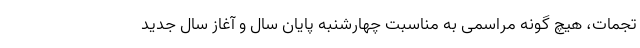
تجمات، هیچ گونه مراسمی به مناسبت چهارشنبه پایان سال و آغاز سال جدید